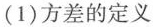
(1)方差的定义